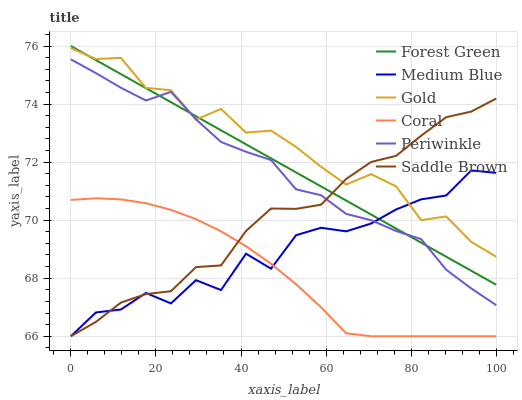
| xaxis_label | Forest Green | Medium Blue | Gold | Coral | Periwinkle | Saddle Brown |
 | --- | --- | --- | --- | --- | --- | --- |
 | 0 | 76 | 66 | 75.9 | 70.7 | 75.5 | 66 |
 | 5.88 | 75.5 | 66.8 | 75.6 | 70.8 | 75.1 | 66.5 |
 | 11.8 | 75 | 66.9 | 75.6 | 70.7 | 74.6 | 67.2 |
 | 17.6 | 74.5 | 67.5 | 74.6 | 70.6 | 74.1 | 67.5 |
 | 23.5 | 74.1 | 67.1 | 74.5 | 70.4 | 74.4 | 67.6 |
 | 29.4 | 73.6 | 67.9 | 73.5 | 70 | 73.5 | 68.4 |
 | 35.3 | 73.1 | 67.6 | 73.8 | 69.6 | 72.7 | 68.4 |
 | 41.2 | 72.6 | 68.8 | 73 | 69.1 | 72.4 | 69.6 |
 | 47.1 | 72.1 | 68.3 | 73.1 | 68.5 | 72.1 | 70.4 |
 | 52.9 | 71.6 | 69.5 | 72.5 | 67.8 | 71.1 | 70.4 |
 | 58.8 | 71.2 | 69.7 | 71.8 | 67 | 70.9 | 70.5 |
 | 64.7 | 70.7 | 69.6 | 71.2 | 66.1 | 70.2 | 71.4 |
 | 70.6 | 70.2 | 69.9 | 71.6 | 66 | 70 | 72 |
 | 76.5 | 69.7 | 70.4 | 71.2 | 66 | 69.6 | 72.2 |
 | 82.4 | 69.2 | 70.7 | 70 | 66 | 69.3 | 72.9 |
 | 88.2 | 68.7 | 70.8 | 70.1 | 66 | 68.3 | 73.5 |
 | 94.1 | 68.3 | 71.7 | 69.3 | 66 | 67.6 | 73.7 |
 | 100 | 67.8 | 71.6 | 68.7 | 66 | 67.1 | 74.2 |